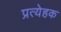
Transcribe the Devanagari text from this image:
प्रत्येहक